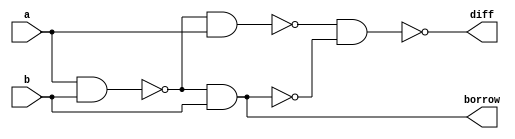
module hs_nand(input a,b, output diff,borrow);
	wire o1,o2,o3;	
	assign o1  = ~(a&b);
	assign o2  = ~(o1&a);
	assign o3  = ~(o1&b);
	assign diff = ~(o2&o3);
	assign borrow = ~(o3&o3);
endmodule